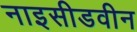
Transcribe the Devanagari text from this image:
नाइसीडवीन